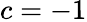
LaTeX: c=-1